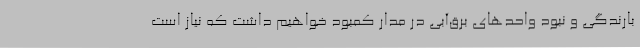
بارندگی و نبود واحدهای برق‌آبی در مدار کمبود خواهیم داشت که نیاز است